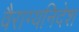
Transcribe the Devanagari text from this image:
वैराग्यनिदेश